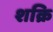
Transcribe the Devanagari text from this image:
शक्रि